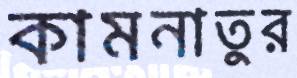
কামনাতুর